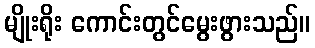
မျိုးရိုး ကောင်းတွင်မွေးဖွားသည်။